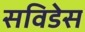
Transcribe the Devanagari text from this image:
सविडेस